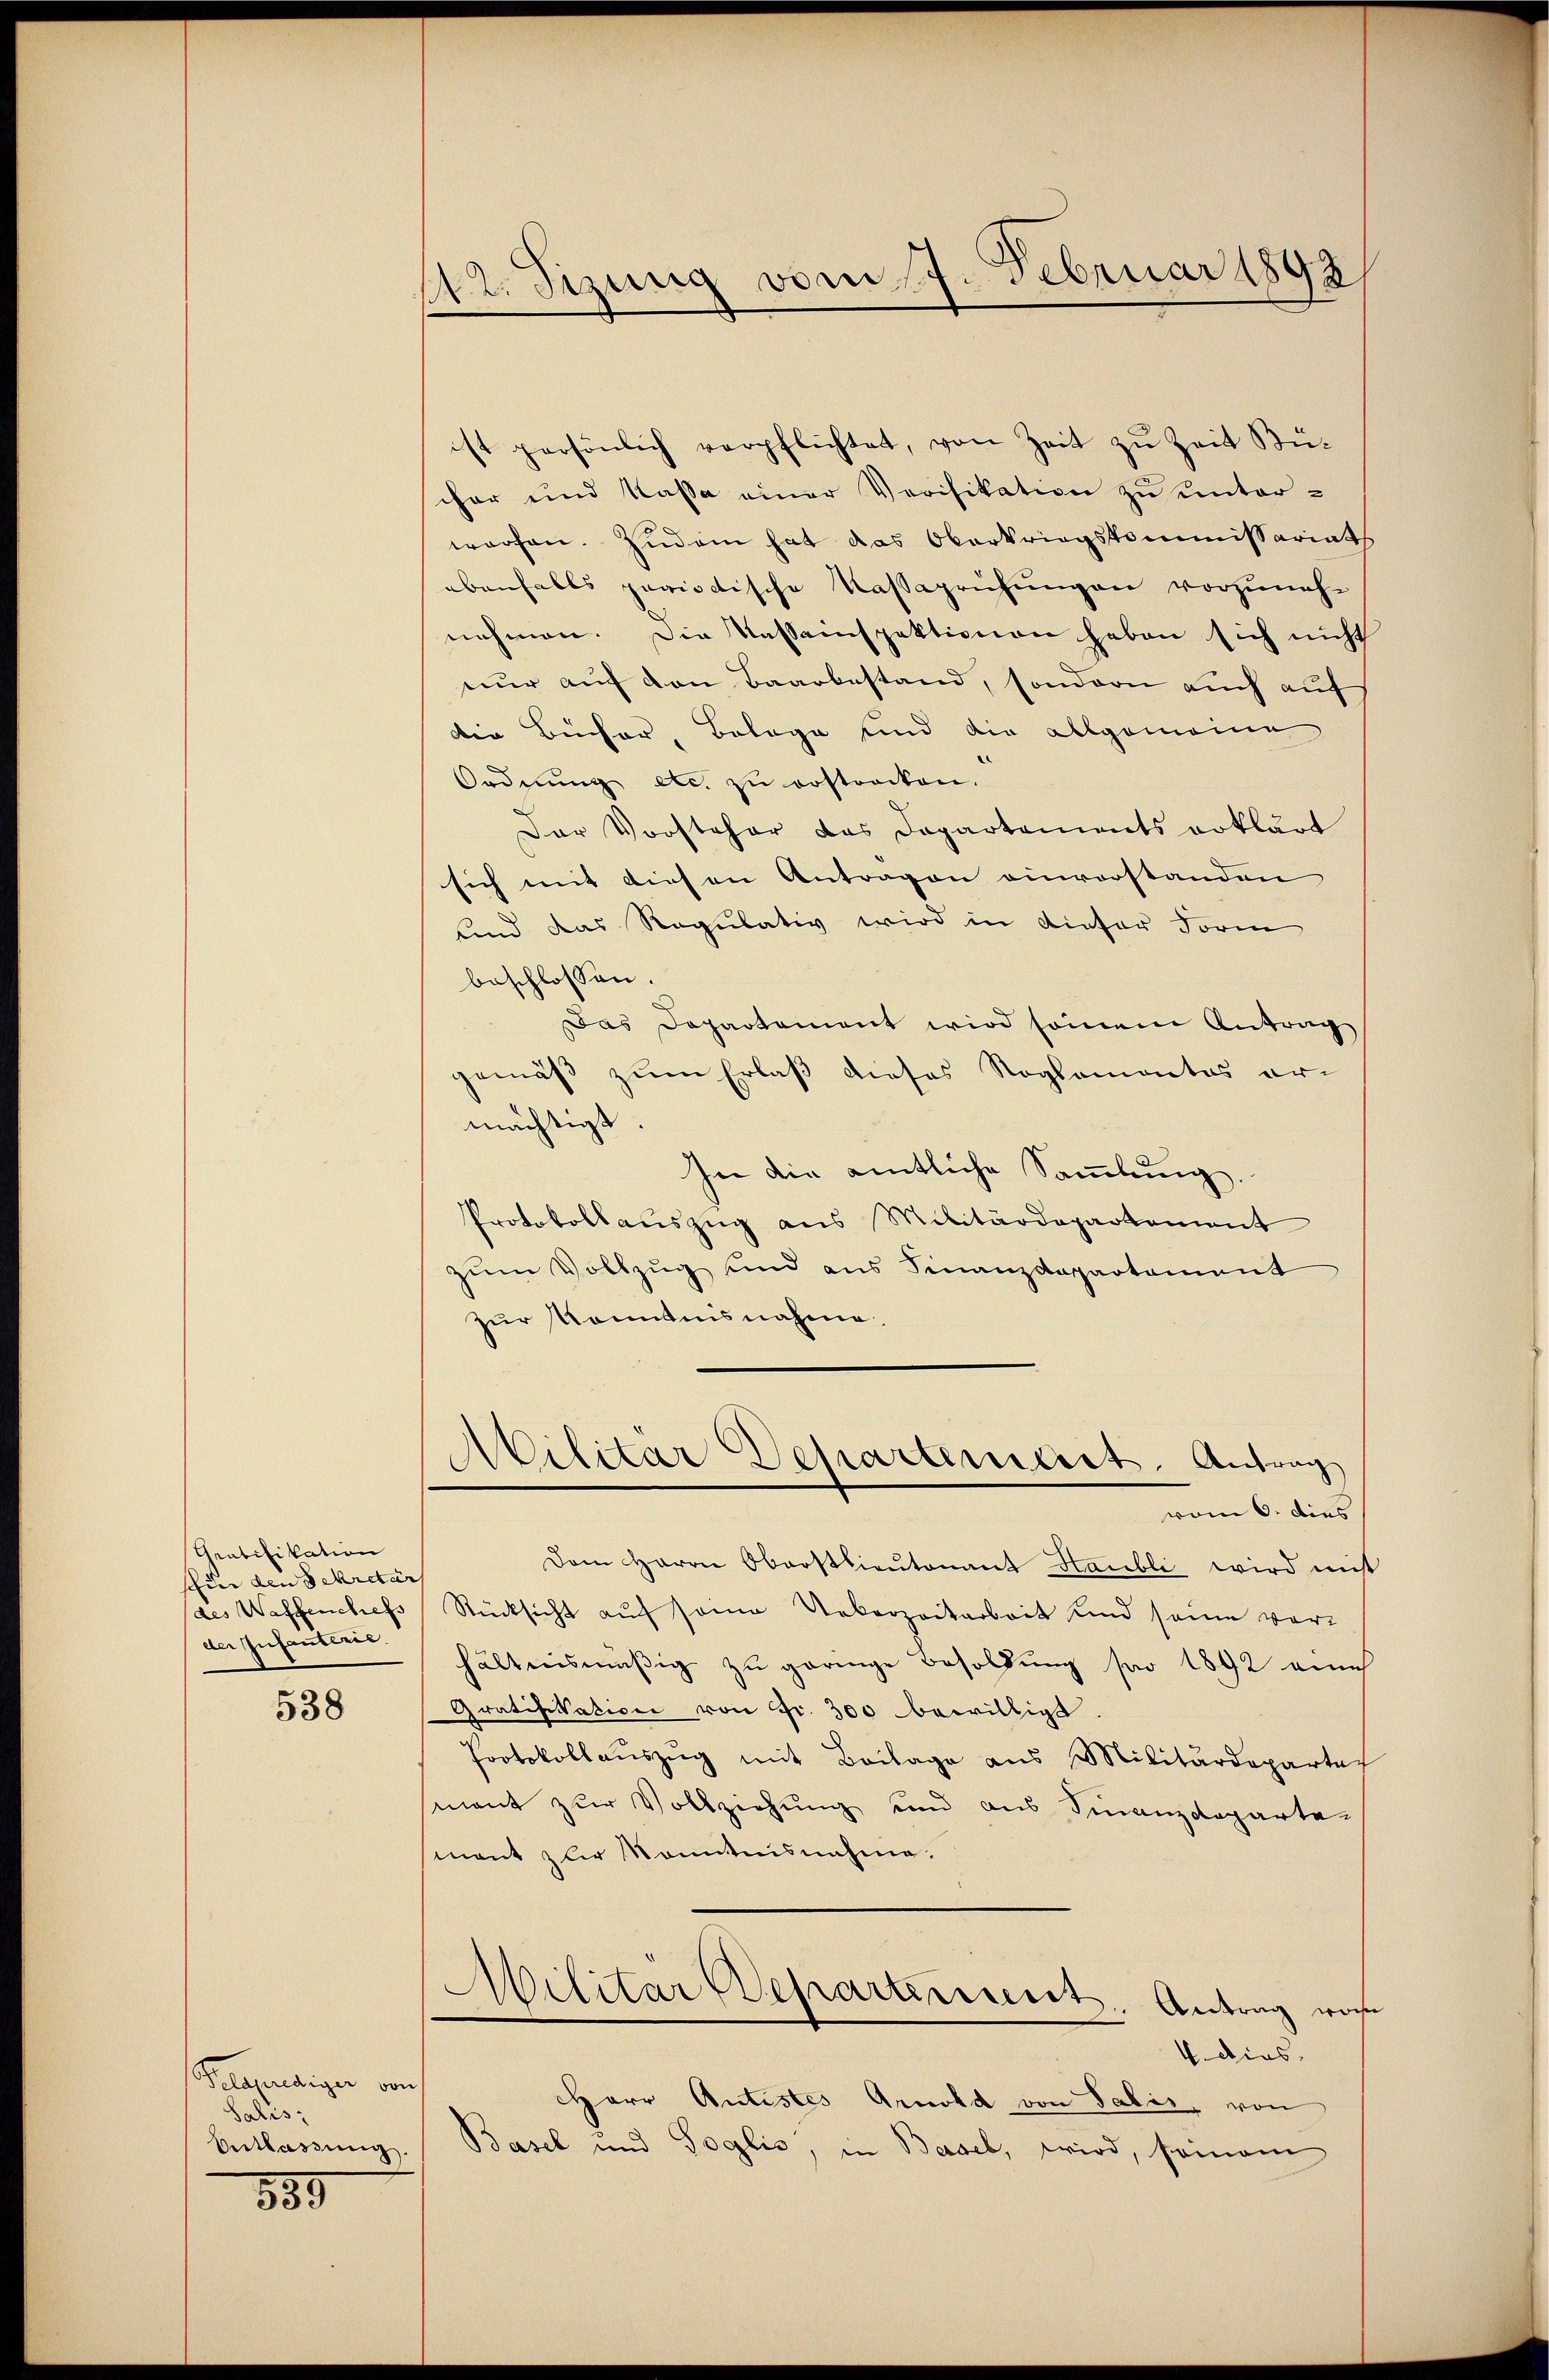
Gratifikation
für den Sekretär
der Zufautleis

538

Pelprediger von
Salis
Entlassŭng.

559

412. Sizung vom 17. Februar 1892

ist persönlich verpflichtet, von Zeit zu Zeit Bücher und Kassa einer Verifikation zu unterworfen. Zudem hat das Oberkriegskommissariats
ebenfalls periodische Kassaprühungen vorzuneh-
nehmen. Die Kasseinspektionen haben sich nicht
nur auf den Baarbestand, sondern auch auf
die Bücher, Belage und die allgemeine
Ordnŭng etc. zŭ erstrecken.
Der Vorsteher das Departements erklärt
sich mit diesen Antragen einvorstanden
und das Regulativ wird in Liefer Form
beschlossen:
Das Departement wird seinem Antrag
gemäß zum Erlaß dieses Roglamontes er-
mächtigt.
In die amtliche Sammlung.
Protokollauszug aus Militärdepartement
zum Vollzug sind aus Finanzdepartement
zur Kenntnisnahme.
Abilitar Departerieret. Antrag
vom 6. dies
Dem Herrn Oberstlieutenant Staubli wird mit
des Waffenchefs Rücksicht auf seine Ueberzeitarbeit und seine verhältnismäßig zu geringe Besoldung pro 1892 eine
Gratifikation von Fr. 300 bewilligt.
Protokollaŭszŭg mit Beilage aus Militärdeparte
mant zur Vollziehung und aus Finanzdepartement zur Kenntnisnahme.
Militär Departerisiret. Antrag woh
4. dies¬
Herr Antistes Arnold von Salis, von
Basel und Soglis, in Basel, wird, seinem